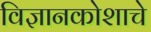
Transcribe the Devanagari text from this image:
विज्ञानकोशाचे